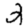
Digit: 2